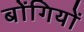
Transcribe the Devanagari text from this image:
बोंगियों